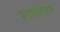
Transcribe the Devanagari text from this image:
फ़ासफ़ोरस